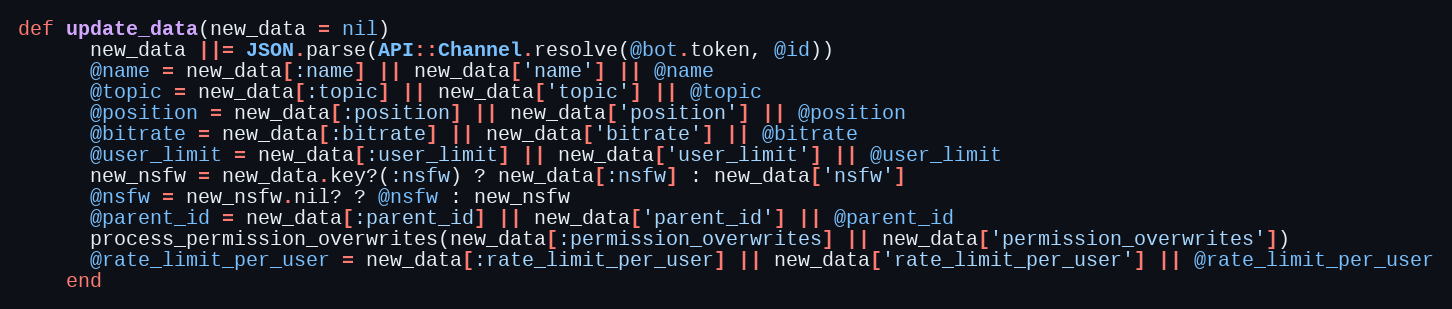
Language: Ruby
def update_data(new_data = nil)
      new_data ||= JSON.parse(API::Channel.resolve(@bot.token, @id))
      @name = new_data[:name] || new_data['name'] || @name
      @topic = new_data[:topic] || new_data['topic'] || @topic
      @position = new_data[:position] || new_data['position'] || @position
      @bitrate = new_data[:bitrate] || new_data['bitrate'] || @bitrate
      @user_limit = new_data[:user_limit] || new_data['user_limit'] || @user_limit
      new_nsfw = new_data.key?(:nsfw) ? new_data[:nsfw] : new_data['nsfw']
      @nsfw = new_nsfw.nil? ? @nsfw : new_nsfw
      @parent_id = new_data[:parent_id] || new_data['parent_id'] || @parent_id
      process_permission_overwrites(new_data[:permission_overwrites] || new_data['permission_overwrites'])
      @rate_limit_per_user = new_data[:rate_limit_per_user] || new_data['rate_limit_per_user'] || @rate_limit_per_user
    end